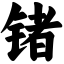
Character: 锗